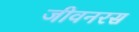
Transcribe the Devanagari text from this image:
जीवनरस